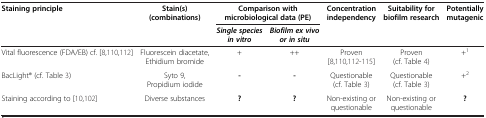
| Staining principle | Stain(s) (combinations) | <COLSPAN=2> Comparison with microbiological data (PE) | Concentration independency | Suitability for biofilm research | Potentially mutagenic |
 |  |  | Single species in vitro | Biofilm ex vivo or in situ |  |  |  |
 | --- | --- | --- | --- | --- | --- | --- |
 | Vital fluorescence (FDA/EB) cf. [8,110,112] | Fluorescein diacetate, Ethidium bromide | + | ++ | Proven [8,110,112-115] | Proven (cf. Table 4) | +1 |
 | BacLight® (cf. Table 3) | Syto 9, Propidium iodide | - | - | Questionable (cf. Table 3) | Questionable (cf. Table 3) | +2 |
 | Staining according to [10,102] | Diverse substances | ? | ? | Non-existing or questionable | Non-existing or questionable | ? |